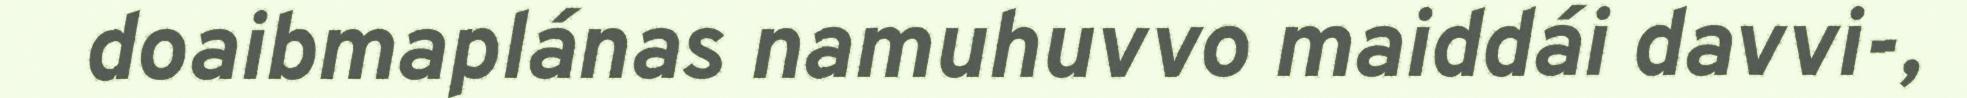
doaibmaplánas namuhuvvo maiddái davvi-,